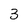
Character: 3